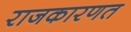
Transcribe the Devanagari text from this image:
राजकारणत